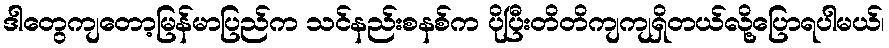
ဒါတွေကျတော့မြန်မာပြည်က သင်နည်းစနစ်က ပိုပြီးတိတိကျကျရှိတယ်လို့ပြောရပါမယ်၊